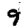
Digit: 9